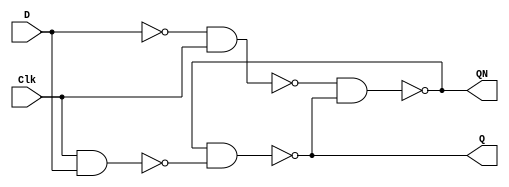
// Copyright (C) 2023  Intel Corporation. All rights reserved.
// Your use of Intel Corporation's design tools, logic functions 
// and other software and tools, and any partner logic 
// functions, and any output files from any of the foregoing 
// (including device programming or simulation files), and any 
// associated documentation or information are expressly subject 
// to the terms and conditions of the Intel Program License 
// Subscription Agreement, the Intel Quartus Prime License Agreement,
// the Intel FPGA IP License Agreement, or other applicable license
// agreement, including, without limitation, that your use is for
// the sole purpose of programming logic devices manufactured by
// Intel and sold by Intel or its authorized distributors.  Please
// refer to the applicable agreement for further details, at
// https://fpgasoftware.intel.com/eula.

// PROGRAM		"Quartus Prime"
// VERSION		"Version 22.1std.1 Build 917 02/14/2023 SC Standard Edition"
// CREATED		"Fri Apr  5 12:54:21 2024"

module lab9step2(
	Clk,
	D,
	Q,
	QN
);


input wire	Clk;
input wire	D;
output wire	Q;
output wire	QN;

wire	SYNTHESIZED_WIRE_0;
wire	SYNTHESIZED_WIRE_1;
wire	SYNTHESIZED_WIRE_2;
wire	SYNTHESIZED_WIRE_3;
wire	SYNTHESIZED_WIRE_4;

assign	Q = SYNTHESIZED_WIRE_1;
assign	QN = SYNTHESIZED_WIRE_2;



assign	SYNTHESIZED_WIRE_3 = ~(Clk & D);

assign	SYNTHESIZED_WIRE_2 = ~(SYNTHESIZED_WIRE_0 & SYNTHESIZED_WIRE_1);

assign	SYNTHESIZED_WIRE_4 =  ~D;

assign	SYNTHESIZED_WIRE_1 = ~(SYNTHESIZED_WIRE_2 & SYNTHESIZED_WIRE_3);

assign	SYNTHESIZED_WIRE_0 = ~(SYNTHESIZED_WIRE_4 & Clk);


endmodule